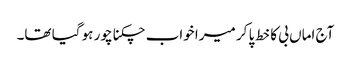
آج اماں بی کا خط پا کر میرا خواب چکنا چور ہو گیا تھا۔